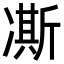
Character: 凘